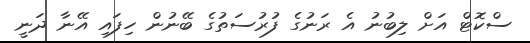
ސްކޮޓް އަށް ލިބުނު އެ ރަނުގެ ފުރުސަތުގެ ބޭނުން ހިފައި އޭނާ ދަނީ